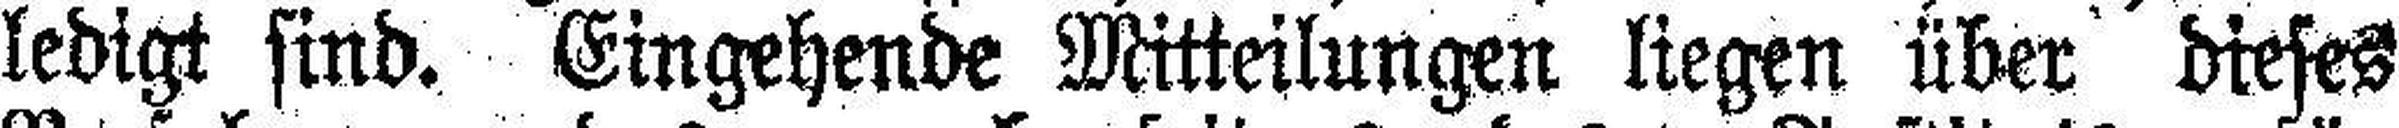
ledigt sind. Eingehende Mitteilungen liegen über dieses